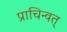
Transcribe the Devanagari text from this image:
प्राचिन्वत्‌